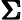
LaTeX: \pmb{\Sigma}